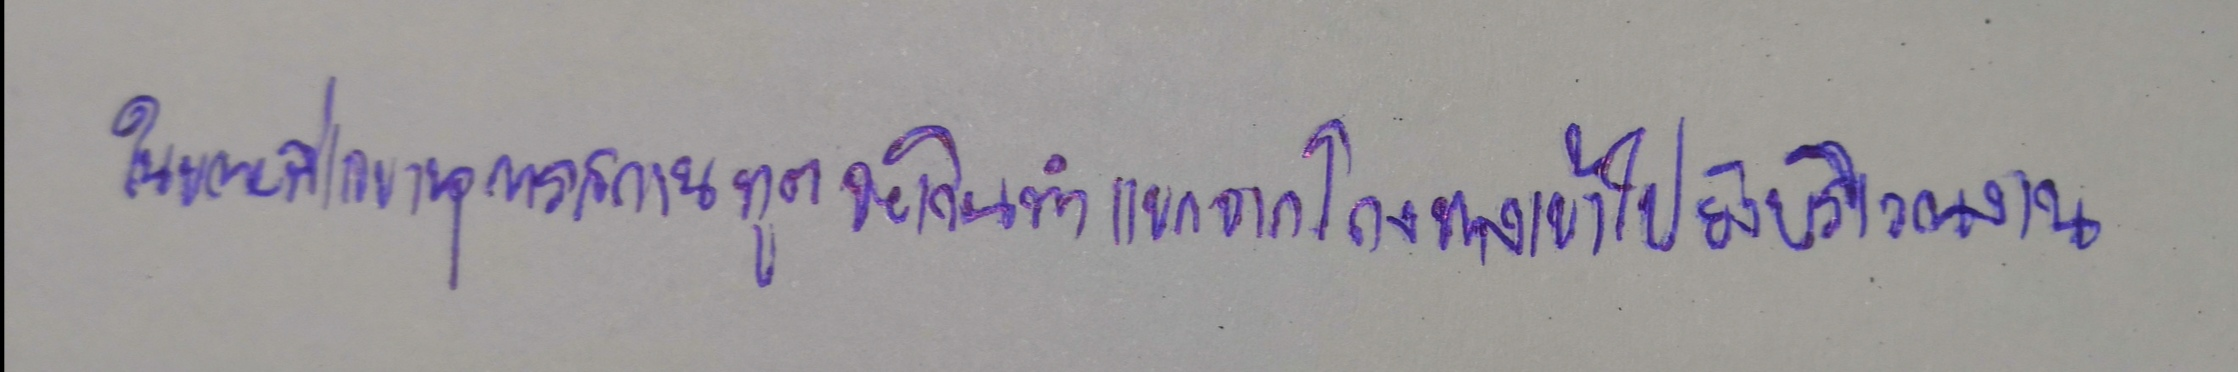
ในขณะที่เลขานุการสถานทูตจะเดินนำแขกจากโถงทางเข้าไปยังบริเวณงาน